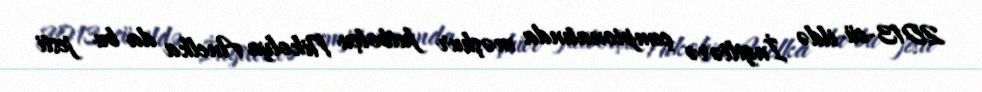
2013-cü ildə İngiltərə çempionatında məşhur futbolçu Nikolya Anelka da bu jesti